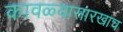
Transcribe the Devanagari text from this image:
कावळ्यासारखाच